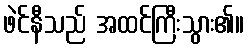
ဖဲင်နီသည် အထင်ကြီးသွား၏။